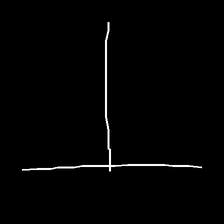
Glyph: column